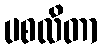
ပစလိတာ